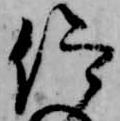
仰